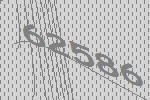
62586